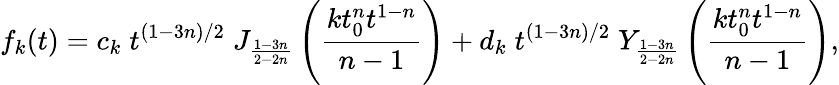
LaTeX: f_{k}(t)=c_{k}\; t^{(1-3n)/2}\; J_{\frac{1-3n}{2-2n}}\left(\frac{kt_{0}^{n}t^{1-n}}{n-1}\right)+d_{k}\; t^{(1-3n)/2}\; Y_{\frac{1-3n}{2-2n}}\left(\frac{kt_{0}^{n}t^{1-n}}{n-1}\right),